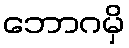
ဘောဂမှိ